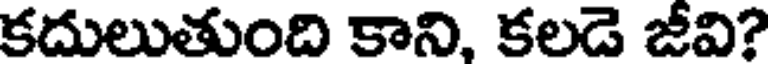
కదులుతుంది కాని, కలడె జీవి?